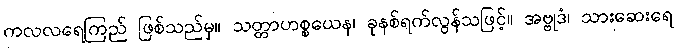
ကလလရေကြည် ဖြစ်သည်မှ။ သတ္တာဟစ္စယေန၊ ခုနစ်ရက်လွန်သဖြင့်။ အဗ္ဗုဒံ၊ သားဆေးရေ